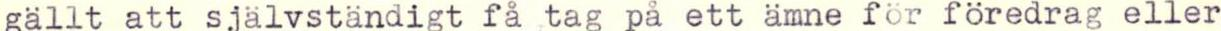
gällt att självständigt få tag på ett ämne för föredrag eller